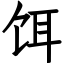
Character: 饵